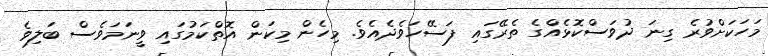
މަހަކަށްވުރެ ގިނަ ދުވަސްކޮޅެއްގެ ތެރޭގައި ފަސޭހަވެދެއެވެ. މިހެން މިކަން އޮތްކަމުގައި ވީނަމަވެސް ބަލިވެ